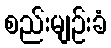
စည်းမျဉ်းခံ